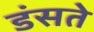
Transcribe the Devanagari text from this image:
डंसते